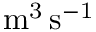
\mathrm { m ^ { 3 } \, s ^ { - 1 } }